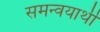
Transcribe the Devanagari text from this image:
समन्वयार्थी